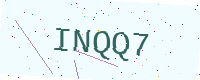
Text: INQQ7